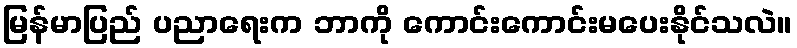
မြန်မာပြည် ပညာရေးက ဘာကို ကောင်းကောင်းမပေးနိုင်သလဲ။